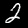
Digit: 2